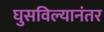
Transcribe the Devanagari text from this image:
घुसविल्यानंतर